King Institute of Preventive Medicine Micro-Biological Section reports 1912-19
Year: 1912
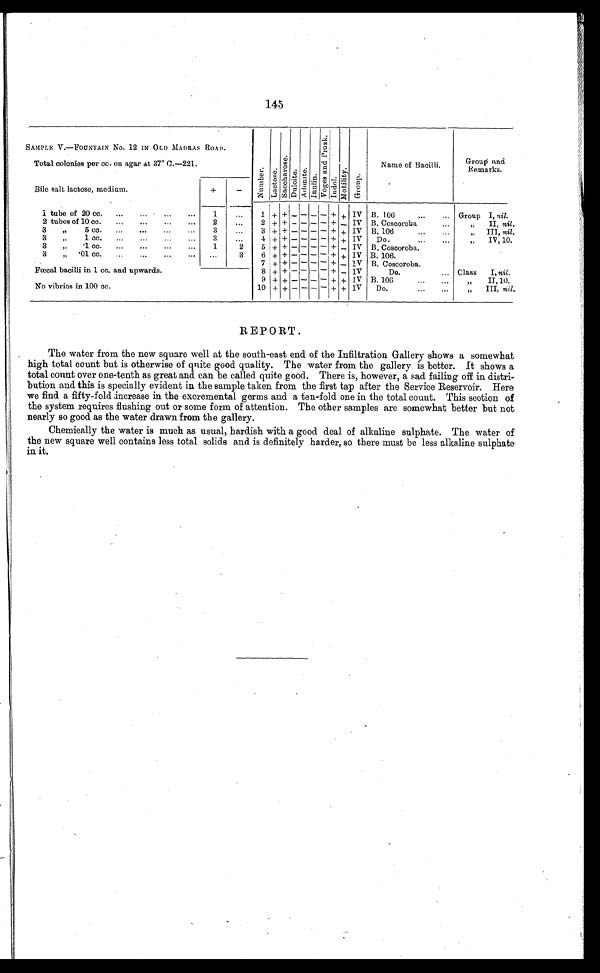
145
SAMPLE V.—FOUNTAIN No. 12 IN OLD MADRAS ROAD.
Total colonies per cc. on agar at 37° C.—221.
Numbe r . Lact ose.
Sa c c ha r os e .
Dulcite.
Adoni t e.
I n u l i n .
V o g e s a n d P r o s k .
I ndol .
Mo t i l i t y .
Group.
Name of Bacilli.
Group and
Remarks.
Bile salt lactose, medium.
+
-
1 + + - - - - + + IV B. 106
...
... Group I, nil.
1 tube of 20 cc. ... ... ... ...
1
...
2 tubes of 10 cc.
...
...
...
...
2
2 + + - - - - + - IV B. Coscoroba
„
II, nil.
3 + + - - - - + + IV 13. 106
...
...
„
III, nil.
3
,,
5 cc.
...
...
...
...
3
...
3
„
1 cc.
...
...
...
...
3
...
4 + + - - - - + + IV
Do.
...
...
„
IV, 10.
5 + + - - - - + - IV B. Coscoroba.
3
„
.1 cc. ... ... ... ...
1
2
3
„ .01 cc.
...
...
...
...
...
3
6 + + - - - - + + IV B. 106.
7 + + - - -
- + - IV B Coscoroba.
Fœcal bacilli in 1 cc. and upwards.
No vibrios in 100 cc.
8 + + - - - - + - IV
Do.
... Class
I, nil.
9 + + - - - - + + IV B. 100
...
...
" II, 10.
10 + + - - - - + + IV
Do.
...
...
„
III, nil,
REPORT.
The water from the new square well at the south-east end of the Infiltration Gallery shows a somewhat
high total count but is otherwise of quite good quality. The water from the gallery is better. It shows a
total count over one-tenth as great and can be called quite good. There is, however, a sad failing off in distri-
bution and this is specially evident in the sample taken from the first tap after the Service Reservoir. Here
we find a fifty-fold increase in the excremental germs and a ten-fold one in the total count. This section of
the system requires flushing out or some form of attention. The other samples are somewhat better but not
nearly so good as the water drawn from the gallery.
Chemically the water is much as usual, hardish with a good deal of alkaline sulphate. The water of
the new square well contains less total solids and is definitely harder, so there must be less alkaline sulphate
in it.